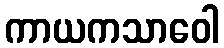
ကာယကသာဝေါ